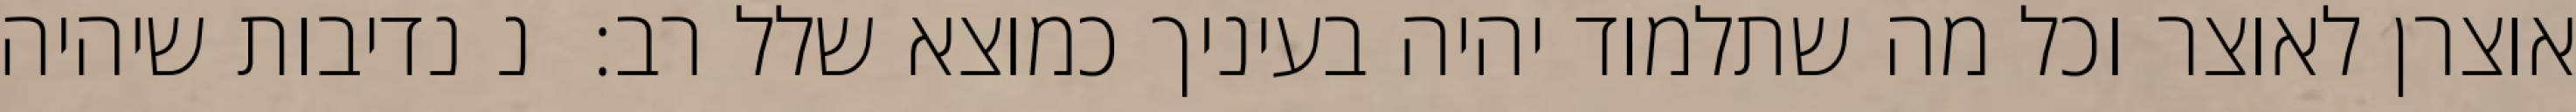
אוצרן לאוצר וכל מה שתלמוד יהיה בעיניך כמוצא שלל רב:  נ נדיבות שיהיה